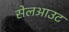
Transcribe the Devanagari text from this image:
सेलआउट